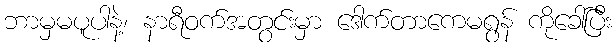
ဘာမှမပူပါနဲ့၊ နာရီဝက်အတွင်းမှာ ဒေါက်တာကေမရွန် ကိုခေါ်ပြီး